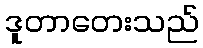
ဒူတာတေးသည်